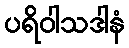
ပရိဝါသဒါနံ